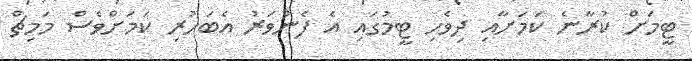
ޓީމަށް ކުރާނެ ކަމަށާއި ދިވެހި ޓީމުގައި އެ ފެންވަރު އެބަހުރި ކަމަށްވެސް މަމިޗް